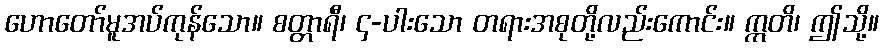
ဟောတော်မူအပ်ကုန်သော။ စတ္တာရီ၊ ၄-ပါးသော တရားအစုတို့လည်းကောင်း။ ဣတိ၊ ဤသို့။